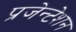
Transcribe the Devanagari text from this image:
प्रजेन्टेशन